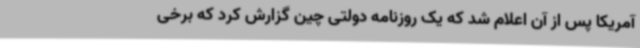
آمریکا پس از آن اعلام شد که یک روزنامه دولتی چین گزارش کرد که برخی